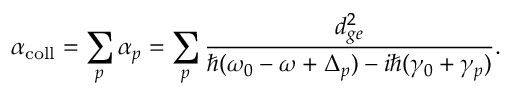
\alpha _ { \mathrm { c o l l } } = \sum _ { p } \alpha _ { p } = \sum _ { p } \frac { d _ { g e } ^ { 2 } } { \hbar ( \omega _ { 0 } - \omega + \Delta _ { p } ) - i \hbar ( \gamma _ { 0 } + \gamma _ { p } ) } .